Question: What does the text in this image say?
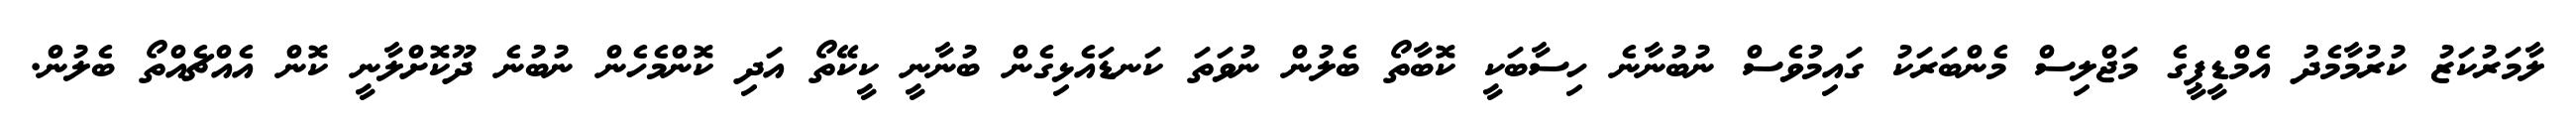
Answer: ލާމަރުކަޒު ކުރުމާމެދު އެމްޑީޕީގެ މަޖްލިސް މެންބަރަކު ގައިމުވެސް ނުބުނާނެ ހިސާބަކީ ކޮބާތޯ ބެލުން ނުވަތަ ކަނޑައެޅިގެން ބުނާނީ ކީކޭތޯ އަދި ކޮންމެހެން ނުބުނެ ދޫކޮށްލާނީ ކޮން އެއްޗެއްތޯ ބެލުން.